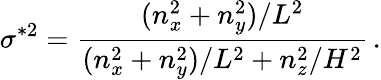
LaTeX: \sigma^{*2}=\frac{(n_{x}^{2}+n_{y}^{2})/L^{2}}{(n_{x}^{2}+n_{y}^{2})/L^{2}+n_{z}^{2}/H^{2}}\, .